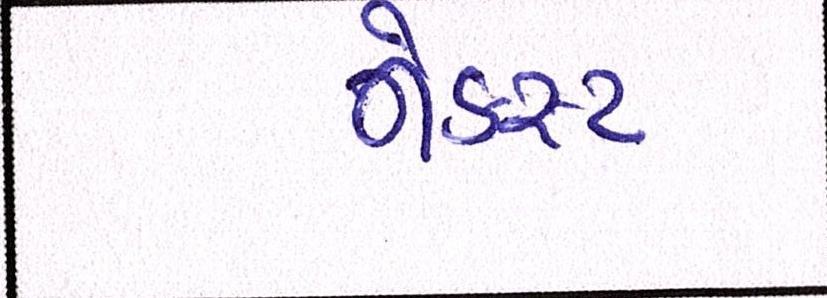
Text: નેક્સ્ટ